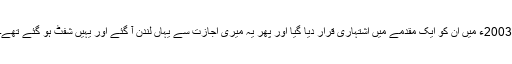
2003ء میں ان کو ایک مقدمے میں اشتہاری قرار دیا گیا اور پھر یہ میری اجازت سے یہاں لندن آ گئے اور یہیں شفٹ ہو گئے تھے۔